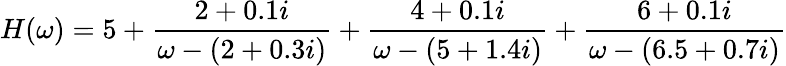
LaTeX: H(\omega)=5+\frac{2+0.1i}{\omega-(2+0.3i)}+\frac{4+0.1i}{\omega-(5+1.4i)}+\frac{6+0.1i}{\omega-(6.5+0.7i)}